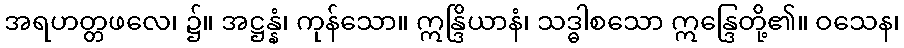
အရဟတ္တဖလေ၊ ၌။ အဋ္ဌန္နံ၊ ကုန်သော။ ဣန္ဒြိယာနံ၊ သဒ္ဓါစသော ဣန္ဒြေတို့၏။ ဝသေန၊